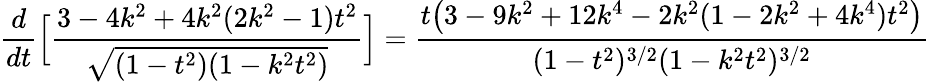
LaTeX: \frac{d}{dt}\Big[\frac{3-4k^{2}+4k^{2}(2k^{2}-1)t^{2}}{\sqrt{(1-t^{2})(1-k^{2}t^{2})}}\Big]=\frac{t\big(3-9k^{2}+12k^{4}-2k^{2}(1-2k^{2}+4k^{4})t^{2}\big)}{(1-t^{2})^{3/2}(1-k^{2}t^{2})^{3/2}}